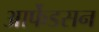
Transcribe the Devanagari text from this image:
आर्फेडसन